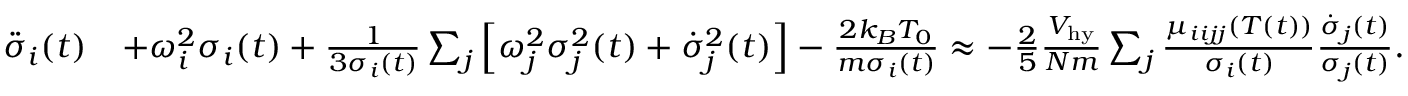
\begin{array} { r l } { \ddot { \sigma } _ { i } ( t ) } & { + \omega _ { i } ^ { 2 } \sigma _ { i } ( t ) + \frac { 1 } { 3 \sigma _ { i } ( t ) } \sum _ { j } \left[ \omega _ { j } ^ { 2 } \sigma _ { j } ^ { 2 } ( t ) + \dot { \sigma } _ { j } ^ { 2 } ( t ) \right] - \frac { 2 k _ { B } T _ { 0 } } { m \sigma _ { i } ( t ) } \approx - \frac { 2 } { 5 } \frac { { \cal V } _ { \mathrm { h y } } } { N m } \sum _ { j } \frac { \mu _ { i i j j } ( T ( t ) ) } { \sigma _ { i } ( t ) } \frac { \dot { \sigma } _ { j } ( t ) } { \sigma _ { j } ( t ) } . } \end{array}